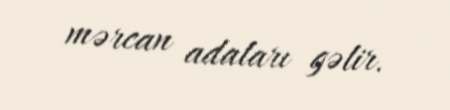
mərcan adaları gəlir.